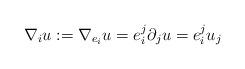
LaTeX: \begin{align*}\nabla_i u:=\nabla_{e_i}u= e_i^j \partial_ju=e_i^ju_j\end{align*}